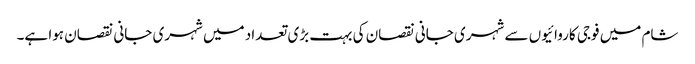
شام میں فوجی کاروائیوں سے شہری جانی نقصان کی بہت بڑی تعداد میں شہری جانی نقصان ہوا ہے۔